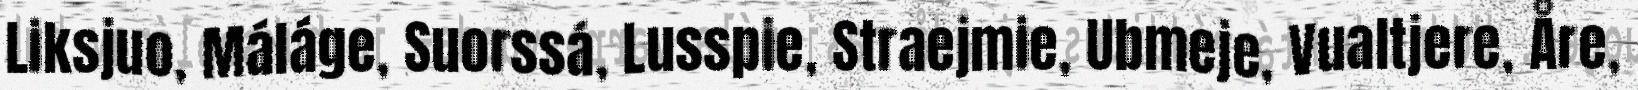
Liksjuo, Máláge, Suorssá, Lusspie, Straejmie, Ubmeje, Vualtjere, Åre,